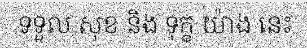
ទទួល សុខ និង ទុក្ខ យ៉ាង នេះ